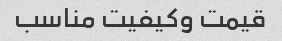
قیمت وکیفیت مناسب